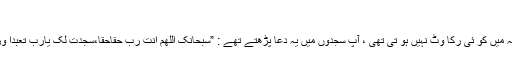
(11)
امت کے علمی امور اور عام مراجعہ میں کو ئی رکا وٹ نہیں ہو تی تھی ، آپ سجدوں میں یہ دعا پڑھتے تھے : ”سبحانک اللهمّ انت ربّ حقّاحقا،سجدت لک يارب تعبدا ورقا، اللهم انَّ عمل ضعيف فضاعفه ل۔